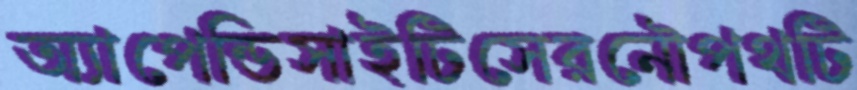
অ্যাপেন্ডিসাইটিসেরনৌপথটি